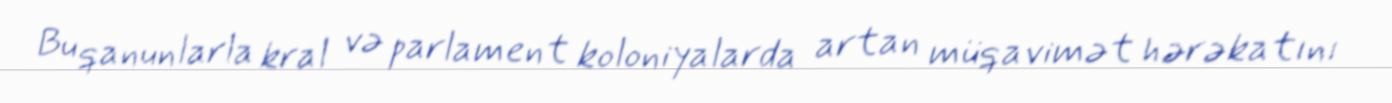
Bu qanunlarla kral və parlament koloniyalarda artan müqavimət hərəkatını